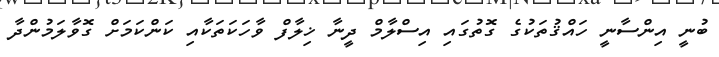
ބުނީ އިންސާނީ ހައްޤުތަކުގެ ގޮތުގައި އިސްލާމް ދީނާ ޚިލާފް ވާހަކަތަކާއި ކަންކަމަށް ގޮވާލަމުންދާ